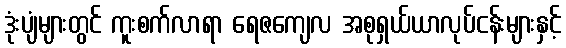
ဒုံးပျံများတွင် ကူးစက်လာရာ ရေဇကျေလ အစုရှယ်ယာလုပ်ငန်းများနှင့်